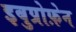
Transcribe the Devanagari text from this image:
इबुप्रोफ़ेन